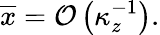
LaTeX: \overline{{x}}=\mathcal{O}\left(\kappa_{z}^{-1}\right).